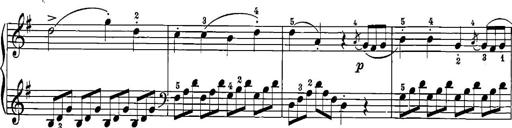
Title: 12 Sonatinas
Composer: Ignaz Pleyel